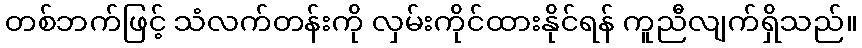
တစ်ဘက်ဖြင့် သံလက်တန်းကို လှမ်းကိုင်ထားနိုင်ရန် ကူညီလျက်ရှိသည်။